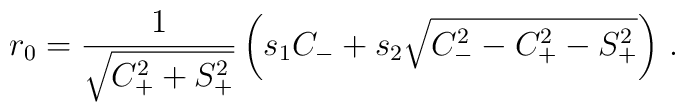
r_0 = {1\over \sqrt{C_+^2 + S_+^2}}    \left( s_1 C_- + s_2 \sqrt{C_-^2- C_+^2 - S_+^2}\right)\,.